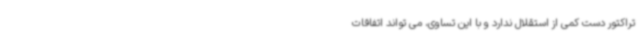
تراکتور دست کمی از استقلال ندارد و با این تساوی، می تواند اتفاقات